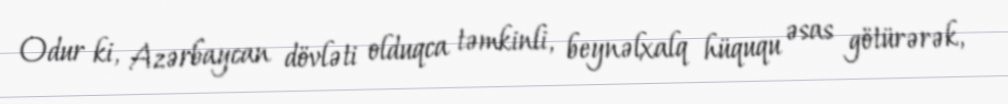
Odur ki, Azərbaycan dövləti olduqca təmkinli, beynəlxalq hüququ əsas götürərək,